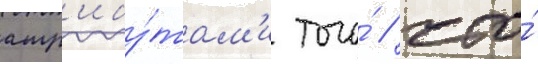
атр'ибу́там'и того́ / что́